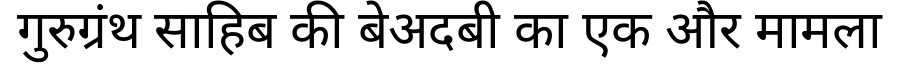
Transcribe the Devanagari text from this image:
गुरुग्रंथ साहिब की बेअदबी का एक और मामला